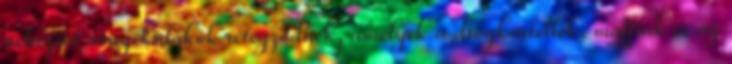
nehezítő árnyékalakok rétegződnek, amelyek a drogkartellek, maffiák és az